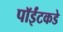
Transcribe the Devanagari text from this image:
पॉईंटकडे